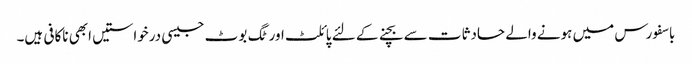
باسفورس میں ہونے والے حادثات سے بچنے کے لئے پائلٹ اور ٹگ بوٹ جیسی درخواستیں ابھی ناکافی ہیں۔